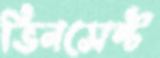
ভিনসেন্ট